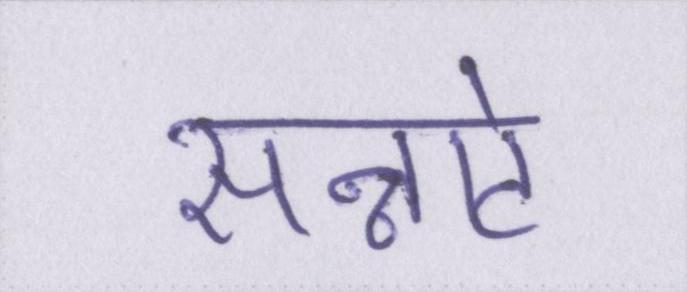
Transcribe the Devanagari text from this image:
सन्नाटे